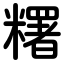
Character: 糬